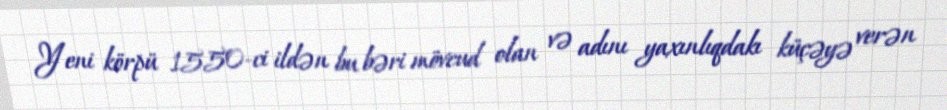
Yeni körpü 1550-ci ildən bu bəri mövcud olan və adını yaxınlıqdakı küçəyə verən